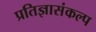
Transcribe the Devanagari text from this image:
प्रतिज्ञासंकल्प